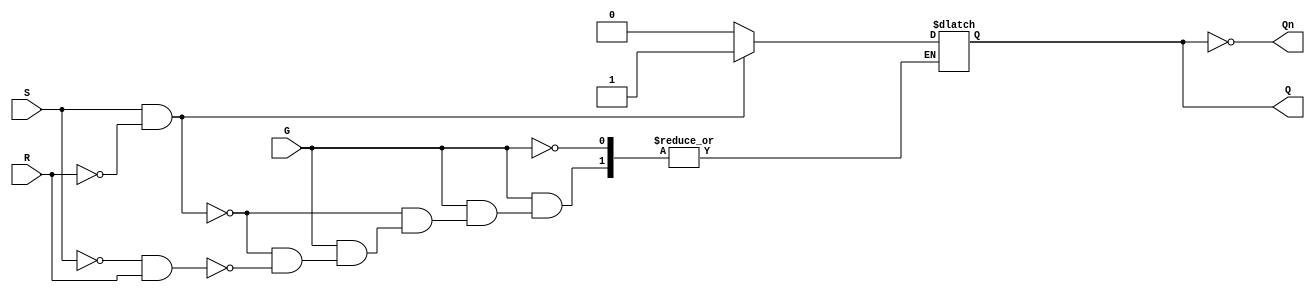
module gated_sr_latch (
    input wire S,      // Set input
    input wire R,      // Reset input
    input wire G,      // Gate input
    output reg Q,      // Output Q
    output wire Qn     // Output Q' (not Q)
);

    assign Qn = ~Q; // Complement of Q

    always @(*) begin
        if (G) begin
            if (S && ~R) begin
                Q = 1;  // Set condition
            end else if (~S && R) begin
                Q = 0;  // Reset condition
            end else if (~S && ~R) begin
                // Hold previous state (do nothing)
                // Q retains its value
            end else begin
                // Invalid condition (S = 1, R = 1)
                // This can lead to undefined behavior
                // You may want to handle this case explicitly
                // For example, you can set Q to a known state or keep it unchanged
                // Q = Q; // Retain previous state (no change)
            end
        end
        // When G is low, retain the previous state
    end

endmodule